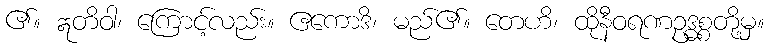
၏။ ဣတိဝါ၊ ကြောင့်လည်း။ ဧကောဒိ၊ မည်၏။ တေဟိ၊ ထိုနီဝရဏဥဒ္ဓစ္စတို့မှ။